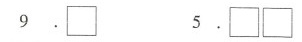
9.□ 5.□□